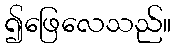
၍ဖြေလေသည်။